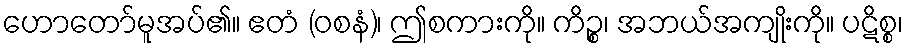
ဟောတော်မူအပ်၏။ ဧတံ (ဝစနံ)၊ ဤစကားကို။ ကိဉ္စ၊ အဘယ်အကျိုးကို။ ပဋိစ္စ၊